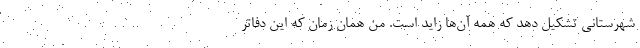
شهرستانی تشکیل دهد که همه آن‌ها زاید است. من همان زمان که این دفاتر